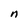
Character: n